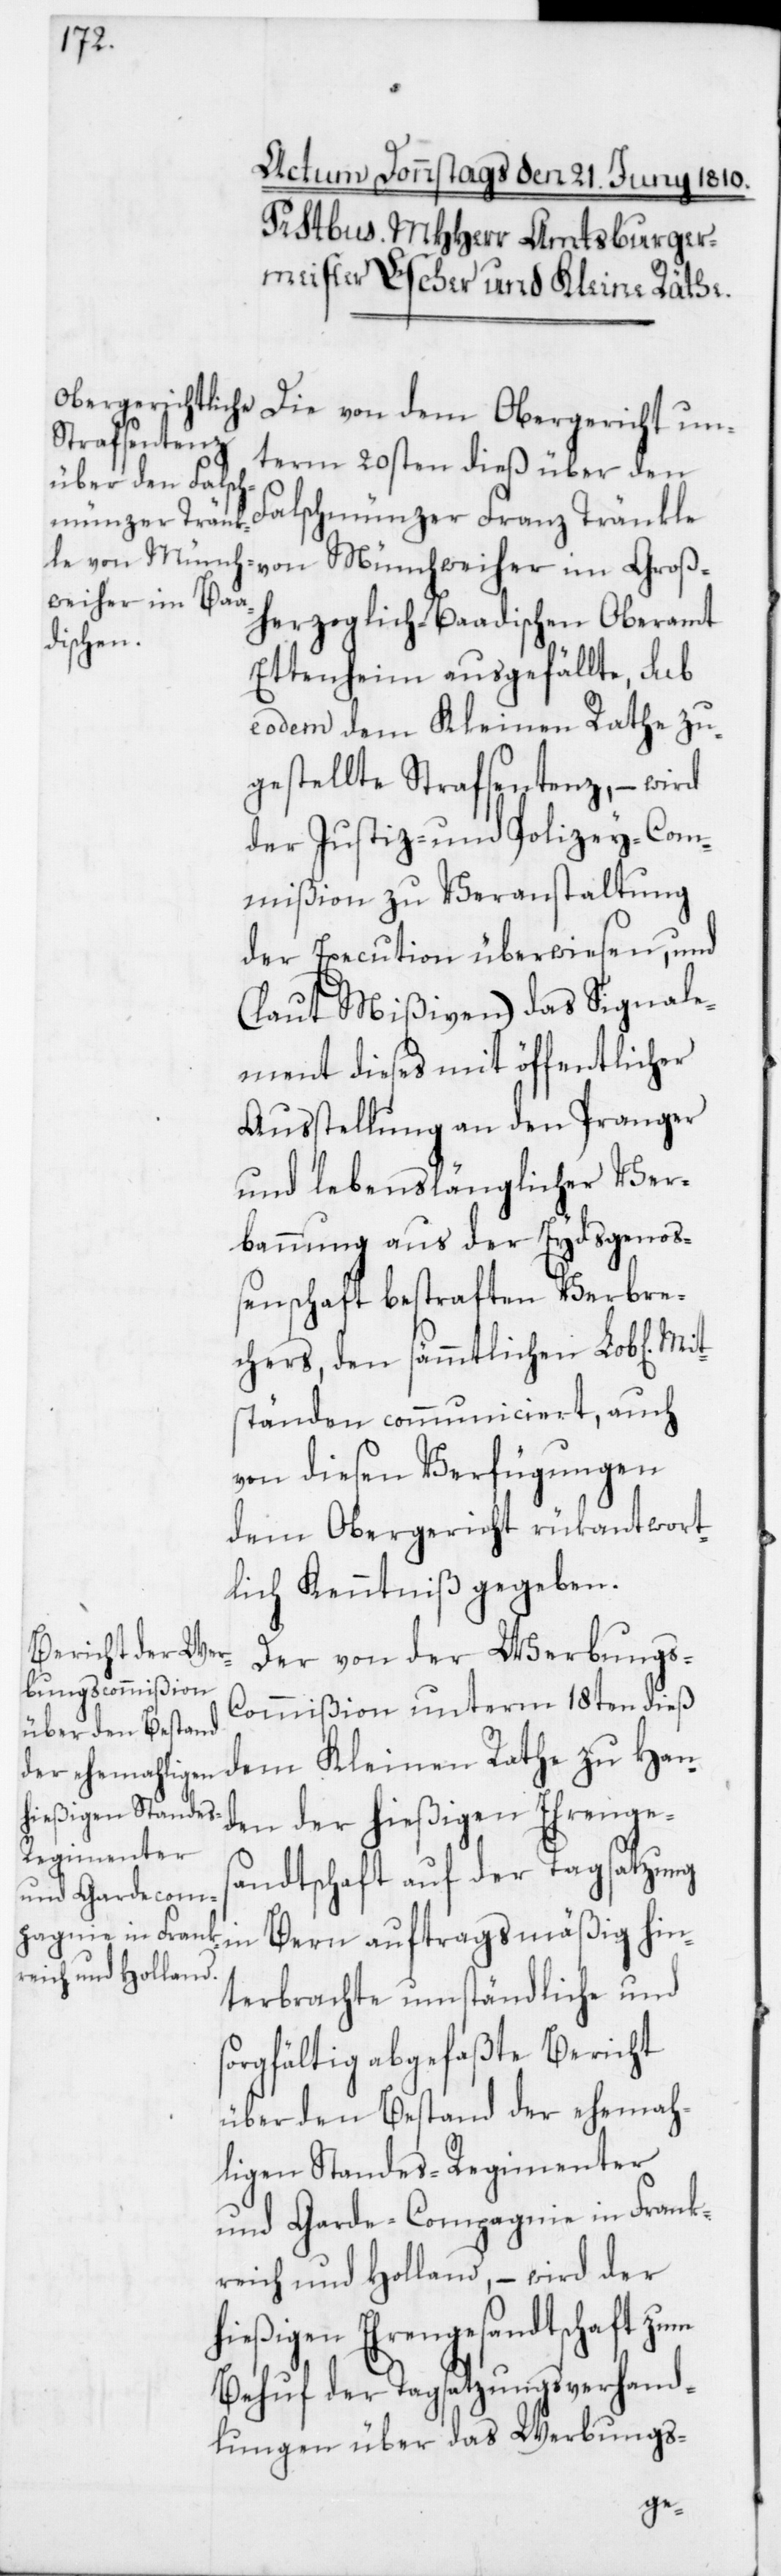
Die von dem Obergericht un¬
term 20sten dieß über den
Falschmünzer Franz Tränkle
von Münchweiher im Groß¬
herzoglich-Baadischen Oberamt
Ettenheim ausgefällte, sub
eodem dem Kleinen Rathe zu¬
gestellte Strafsentenz, – wird
der Justiz- und Polizey-Com¬
mißion zu Veranstaltung
der Execution überwiesen, und
(laut Mißiven) das Signale¬
ment dieses mit öffentlicher
Ausstellung an den Pranger
und lebenslänglicher Ver¬
bannung aus der Eydsgenoß¬
enschaft bestraften Verbre¬
chers, den sämmtlichen Lob[lichen]
ständen communiciert, auch
von diesen Verfügungen
dem Obergericht rükantwort¬
lich Kenntniß gegeben.
Der von der Werbungs-C¬
ommißion unterm 18ten dieß
dem Kleinen Rathe zu Han¬
den der hießigen Ehrenges¬
andtschaft auf der Tagsatzung
in Bern auftragsmäßig hin¬
terbrachte umständliche und
sorgfältig abgefaßte Bericht
über den Bestand der ehemah¬
ligen Standes-Regimenter
und Garde-Compagnie in Frank¬
reich und Holland, – wird der
hießigen Ehrengesandtschaft zum
Behuf der Tagsatzungsverhand¬
lungen über das Werbungs-
Mit¬